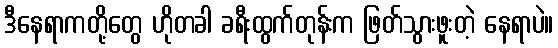
ဒီနေရာကတို့တွေ ဟိုတခါ ခရီးထွက်တုန်းက ဖြတ်သွားဖူးတဲ့ နေရာပဲ။